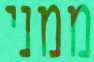
ממני